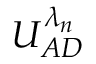
U _ { A D } ^ { \lambda _ { n } }